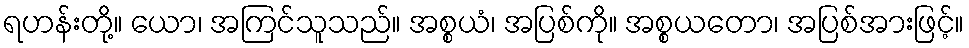
ရဟန်းတို့။ ယော၊ အကြင်သူသည်။ အစ္စယံ၊ အပြစ်ကို။ အစ္စယတော၊ အပြစ်အားဖြင့်။